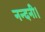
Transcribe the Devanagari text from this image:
नन्दनी।